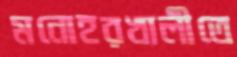
মনোহরখালীতে